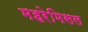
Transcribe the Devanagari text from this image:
महरेमिसल